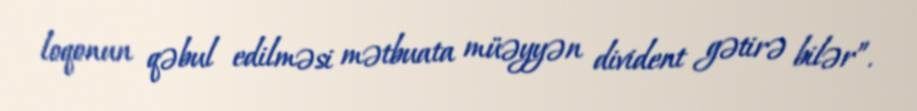
loqonun qəbul edilməsi mətbuata müəyyən divident gətirə bilər”.